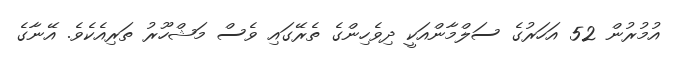
އުމުރުން 52 އަހަރުގެ ސަލްމާންއަކީ ދިވެހިންގެ ތެރޭގައި ވެސް މަޝްހޫރު ތަރިއެކެވެ. އޭނާގެ